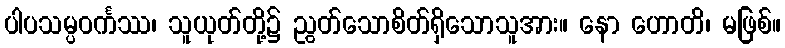
ပါပသမ္ပဝင်္ကဿ၊ သူယုတ်တို့၌ ညွတ်သောစိတ်ရှိသောသူအား။ နော ဟောတိ၊ မဖြစ်။